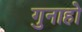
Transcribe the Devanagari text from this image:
गुनाहो